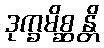
ဒုက္ခမိစ္ဆန္တိ